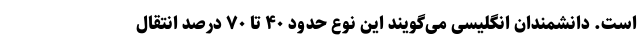
است. دانشمندان انگلیسی می‌گویند این نوع حدود ۴۰ تا ۷۰ درصد انتقال